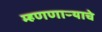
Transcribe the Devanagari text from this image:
म्हणणाऱ्याचे